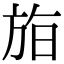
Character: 𣃧